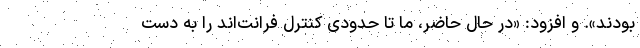
بودند». و افزود: «در حال حاضر، ما تا حدودی کنترل فرانت‌اند را به دست